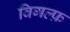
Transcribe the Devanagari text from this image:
विगल्फ़